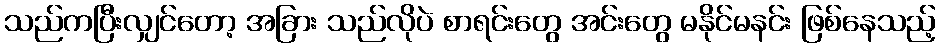
သည်ကပြီးလျှင်တော့ အခြား သည်လိုပဲ စာရင်းတွေ အင်းတွေ မနိုင်မနင်း ဖြစ်နေသည့်